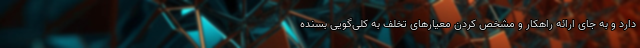
دارد و به جای ارائه راهکار و مشخص کردن معیارهای تخلف به کلی‌گویی بسنده